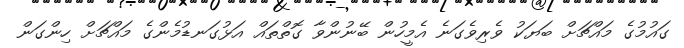
ގައުމުގެ މައްޗަށް ބަޔަކު ވެރިވެގަނެ އެމީހުން ބޭނުންވާ ގޮތްތައް އަޅުގަނޑުމެންގެ މައްޗަށް ހިންގަން